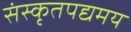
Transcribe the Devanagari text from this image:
संस्कृतपद्यमय